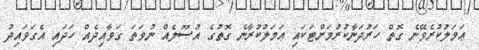
ޢަމަލުކުރެވޭނެ ގޮތް ހަރުދަނާކުރުމަށްޓަކައި ޢަމަލުކުރާނެ ގޮތުގެ އުޞޫލެއް ނުވަތަ ގަވާއިދެއް ހަދައި އެގަވައިދު